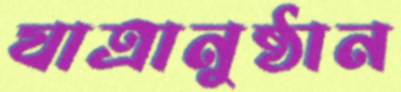
যাত্রানুষ্ঠান